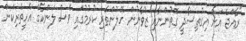
"ރާއްޖެ އަށް އިގުތިސާދީ ގޮތުންނާއި ޒުވާނުން ހޭލުންތެރި ކުރުމުގައި ވެސް ލަންކާގެ އެހީތެރިކަން